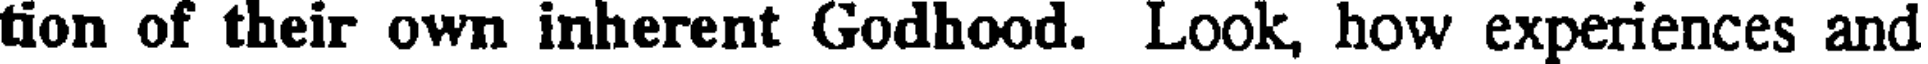
tion of their own inherent Godhood. Look, how experiences and